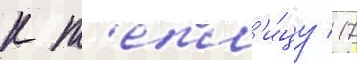
к т'епл'и́цу / 17